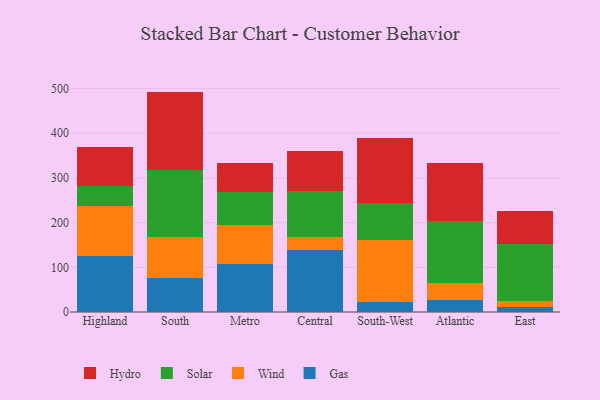
{"axis": {"x": "Region", "y": "Page Views"}, "legend": ["Gas", "Hydro", "Solar", "Wind"], "data": [{"x": "Highland", "y": 124.7, "type": "Gas"}, {"x": "Highland", "y": 112.7, "type": "Wind"}, {"x": "Highland", "y": 45.2, "type": "Solar"}, {"x": "Highland", "y": 87.1, "type": "Hydro"}, {"x": "South", "y": 77.0, "type": "Gas"}, {"x": "South", "y": 90.2, "type": "Wind"}, {"x": "South", "y": 150.8, "type": "Solar"}, {"x": "South", "y": 175.2, "type": "Hydro"}, {"x": "Metro", "y": 106.6, "type": "Gas"}, {"x": "Metro", "y": 88.4, "type": "Wind"}, {"x": "Metro", "y": 72.7, "type": "Solar"}, {"x": "Metro", "y": 66.7, "type": "Hydro"}, {"x": "Central", "y": 138.0, "type": "Gas"}, {"x": "Central", "y": 29.3, "type": "Wind"}, {"x": "Central", "y": 104.1, "type": "Solar"}, {"x": "Central", "y": 88.5, "type": "Hydro"}, {"x": "South-West", "y": 23.3, "type": "Gas"}, {"x": "South-West", "y": 138.7, "type": "Wind"}, {"x": "South-West", "y": 82.2, "type": "Solar"}, {"x": "South-West", "y": 145.9, "type": "Hydro"}, {"x": "Atlantic", "y": 27.0, "type": "Gas"}, {"x": "Atlantic", "y": 38.8, "type": "Wind"}, {"x": "Atlantic", "y": 138.4, "type": "Solar"}, {"x": "Atlantic", "y": 130.3, "type": "Hydro"}, {"x": "East", "y": 11.8, "type": "Gas"}, {"x": "East", "y": 13.1, "type": "Wind"}, {"x": "East", "y": 127.3, "type": "Solar"}, {"x": "East", "y": 73.6, "type": "Hydro"}]}